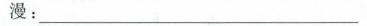
漫：_____